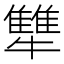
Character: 犨